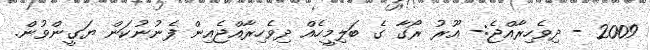
2009 - ދިވެހިރާއްޖެ:- އޫރު ރޯގާ ގެ ބަލިމީހެއް ދިވެހިރާއްޖެއިން ފެނުނުކަން ޔަގީންވުން.